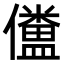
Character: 𠐹